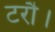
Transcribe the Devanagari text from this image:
टरौ।